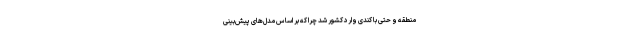
منطقه و حتی با کندی وارد کشور شد چرا که بر اساس مدل‌های پیش‌بینی